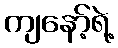
ကျနော့်ရဲ့